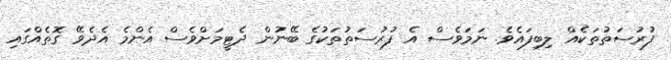
ފުރުސަތުތަކެއް ލިބިފައެވެ. ނަމަވެސް އެ ފުރުސަތުތަކުގެ ބޭނުން ދެޓީމަށްވެސް އެންމެ އެދެވޭ ގޮތެއްގައި